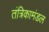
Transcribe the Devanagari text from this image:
तंत्रिकामंडल